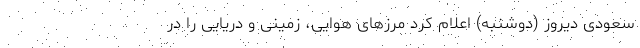
سعودی دیروز (دوشنبه) اعلام کرد مرزهای هوایی، زمینی و دریایی را در